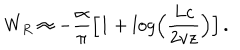
W _ { R } \approx - { \frac { \alpha } { \pi } } \Bigl [ 1 + l o g \Bigl ( { \frac { L c } { 2 v z } } \Bigr ) \Bigr ] \, .